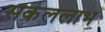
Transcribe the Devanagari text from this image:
सकललाभ